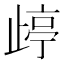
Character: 𱥄